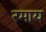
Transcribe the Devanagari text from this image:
रमाय